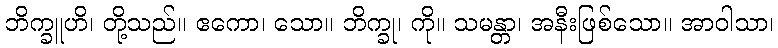
ဘိက္ခူဟိ၊ တို့သည်။ ဧကော၊ သော။ ဘိက္ခု၊ ကို။ သမန္တာ၊ အနီးဖြစ်သော။ အာဝါသာ၊